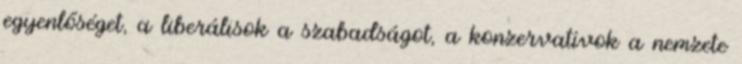
egyenlőséget, a liberálisok a szabadságot, a konzervatívok a nemzete